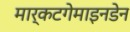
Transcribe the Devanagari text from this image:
मार्कटगेमाइनडेन